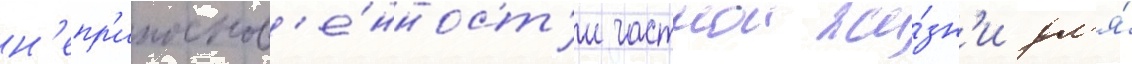
н'епр'икоснов'е́нност'и частнои жи́зн'и дл'я́